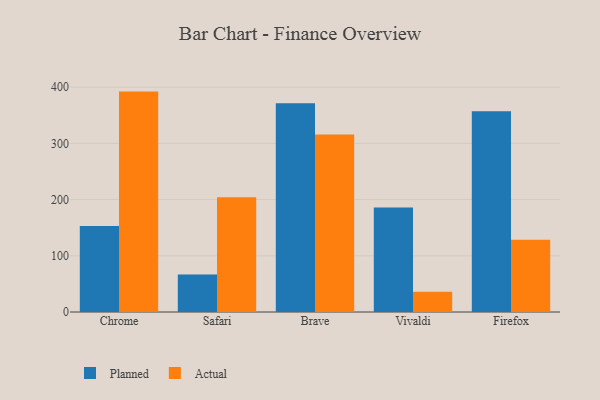
{"axis": {"x": "Browser", "y": "Headcount"}, "legend": ["Actual", "Planned"], "data": [{"x": "Chrome", "y": 153.2, "type": "Planned"}, {"x": "Chrome", "y": 392.1, "type": "Actual"}, {"x": "Safari", "y": 66.7, "type": "Planned"}, {"x": "Safari", "y": 204.0, "type": "Actual"}, {"x": "Brave", "y": 371.3, "type": "Planned"}, {"x": "Brave", "y": 315.8, "type": "Actual"}, {"x": "Vivaldi", "y": 185.9, "type": "Planned"}, {"x": "Vivaldi", "y": 36.1, "type": "Actual"}, {"x": "Firefox", "y": 357.2, "type": "Planned"}, {"x": "Firefox", "y": 128.7, "type": "Actual"}]}